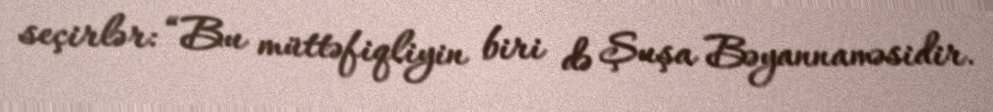
seçirlər: “Bu müttəfiqliyin biri də Şuşa Bəyannaməsidir.